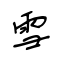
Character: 雪